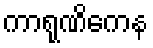
ကာရုဏိကေန